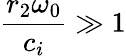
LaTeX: \frac{r_{2}\omega_{0}}{c_{i}}\gg 1